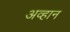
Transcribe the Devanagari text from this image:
अव्हान